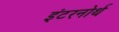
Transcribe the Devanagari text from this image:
इंटरनोर्थ